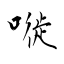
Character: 嘥